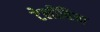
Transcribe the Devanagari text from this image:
टेलीविजा